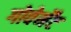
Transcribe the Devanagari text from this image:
गोवेर्मेंट